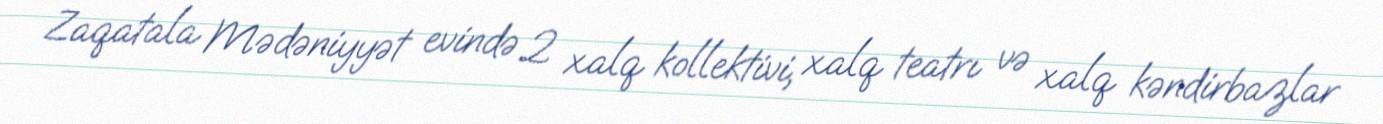
Zaqatala Mədəniyyət evində 2 xalq kollektivi, xalq teatrı və xalq kəndirbazlar